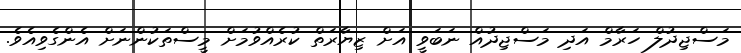
މަސްޖިދުލް ހަރާމް އަދި މަސްޖިދުއް ނަބަވީ އަށް ޒިޔާރަތް ކުރެއްވުމަށް މީސްތަކުންނަށް އެންގެވިއެވެ.